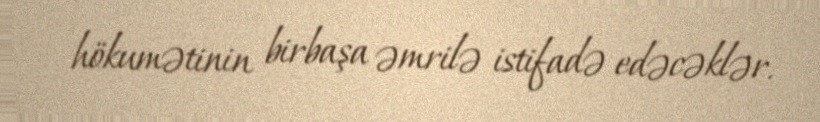
hökumətinin birbaşa əmrilə istifadə edəcəklər.